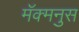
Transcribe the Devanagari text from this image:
मॅक्मनुस